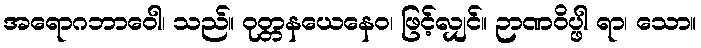
အရောဂဘာဝေါ၊ သည်။ ဝုတ္တနယေနေဝ၊ ဖြင့်လျှင်။ ဉာဏဝိပ္ဖါ ရာ၊ သော။